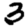
Digit: 3